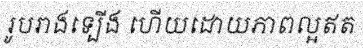
រូបរាងទ្បើង ហើយដោយភាពល្អឥត